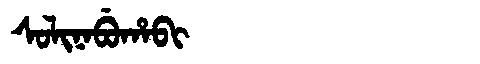
Manchu: ᠰᠣᠯᡳᠨᠠᠪᡠᡥᠠᠪᡳ
Romanization: SOLINABUHABI